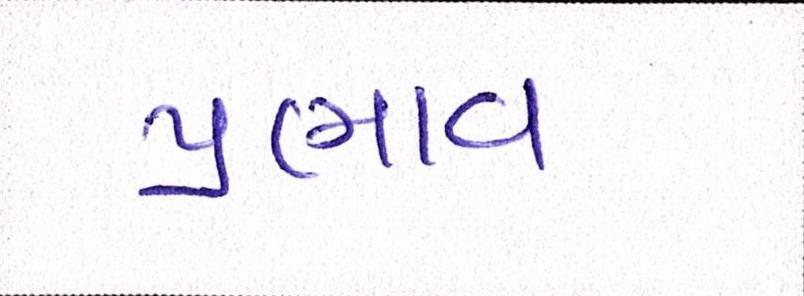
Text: પ્રભાવ